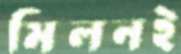
মিলনই